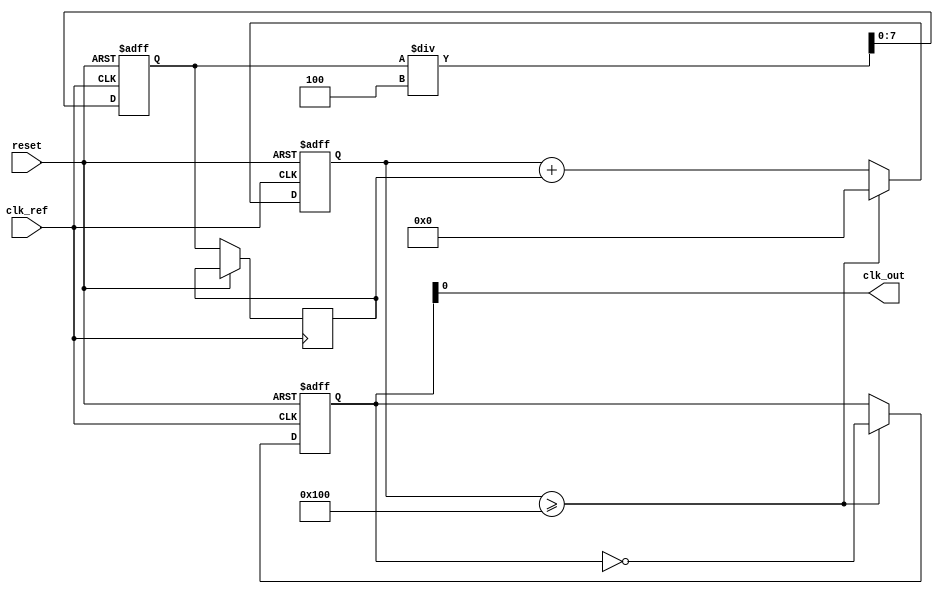
module ADPLL (
    input wire clk_ref,         // Reference clock input
    input wire reset,          // Reset signal
    output wire clk_out        // Output clock signal
);

// Parameters
parameter N = 8;              // Number of bits for frequency control
parameter LOOP_FILTER_SIZE = 4; // Size of the loop filter

// Internal signals
reg [N-1:0] freq_control;     // Frequency control word for DCO
reg [N-1:0] phase_error;      // Phase error output from phase detector
reg [N-1:0] loop_filter_out;  // Output of the loop filter
reg [N-1:0] dco_count;        // Counter for DCO
reg [N-1:0] dco_output;       // Output of the DCO
reg [N-1:0] loop_filter[0:LOOP_FILTER_SIZE-1]; // Loop filter storage
integer i;

// Phase Detector (PD)
always @(posedge clk_ref or posedge reset) begin
    if (reset) begin
        phase_error <= 0;
    end else begin
        // Simple XOR phase detector
        phase_error <= (clk_ref ^ dco_output);
    end
end

// Loop Filter (LF)
always @(posedge clk_ref or posedge reset) begin
    if (reset) begin
        for (i = 0; i < LOOP_FILTER_SIZE; i = i + 1) begin
            loop_filter[i] <= 0;
        end
        loop_filter_out <= 0;
    end else begin
        // Simple moving average filter
        loop_filter_out <= 0;
        for (i = 0; i < LOOP_FILTER_SIZE; i = i + 1) begin
            loop_filter_out <= loop_filter_out + loop_filter[i];
        end
        loop_filter_out <= loop_filter_out / LOOP_FILTER_SIZE; // Average
        // Update loop filter with phase error
        loop_filter[0] <= phase_error;
        for (i = 1; i < LOOP_FILTER_SIZE; i = i + 1) begin
            loop_filter[i] <= loop_filter[i-1];
        end
    end
end

// Digital Controlled Oscillator (DCO)
always @(posedge clk_ref or posedge reset) begin
    if (reset) begin
        dco_count <= 0;
        dco_output <= 0;
    end else begin
        // Update frequency control based on loop filter output
        freq_control <= loop_filter_out;
        // DCO logic: simple counter to generate output clock
        dco_count <= dco_count + freq_control;
        if (dco_count >= (1 << N)) begin
            dco_count <= 0;
            dco_output <= ~dco_output; // Toggle output
        end
    end
end

// Output clock signal
assign clk_out = dco_output;

endmodule